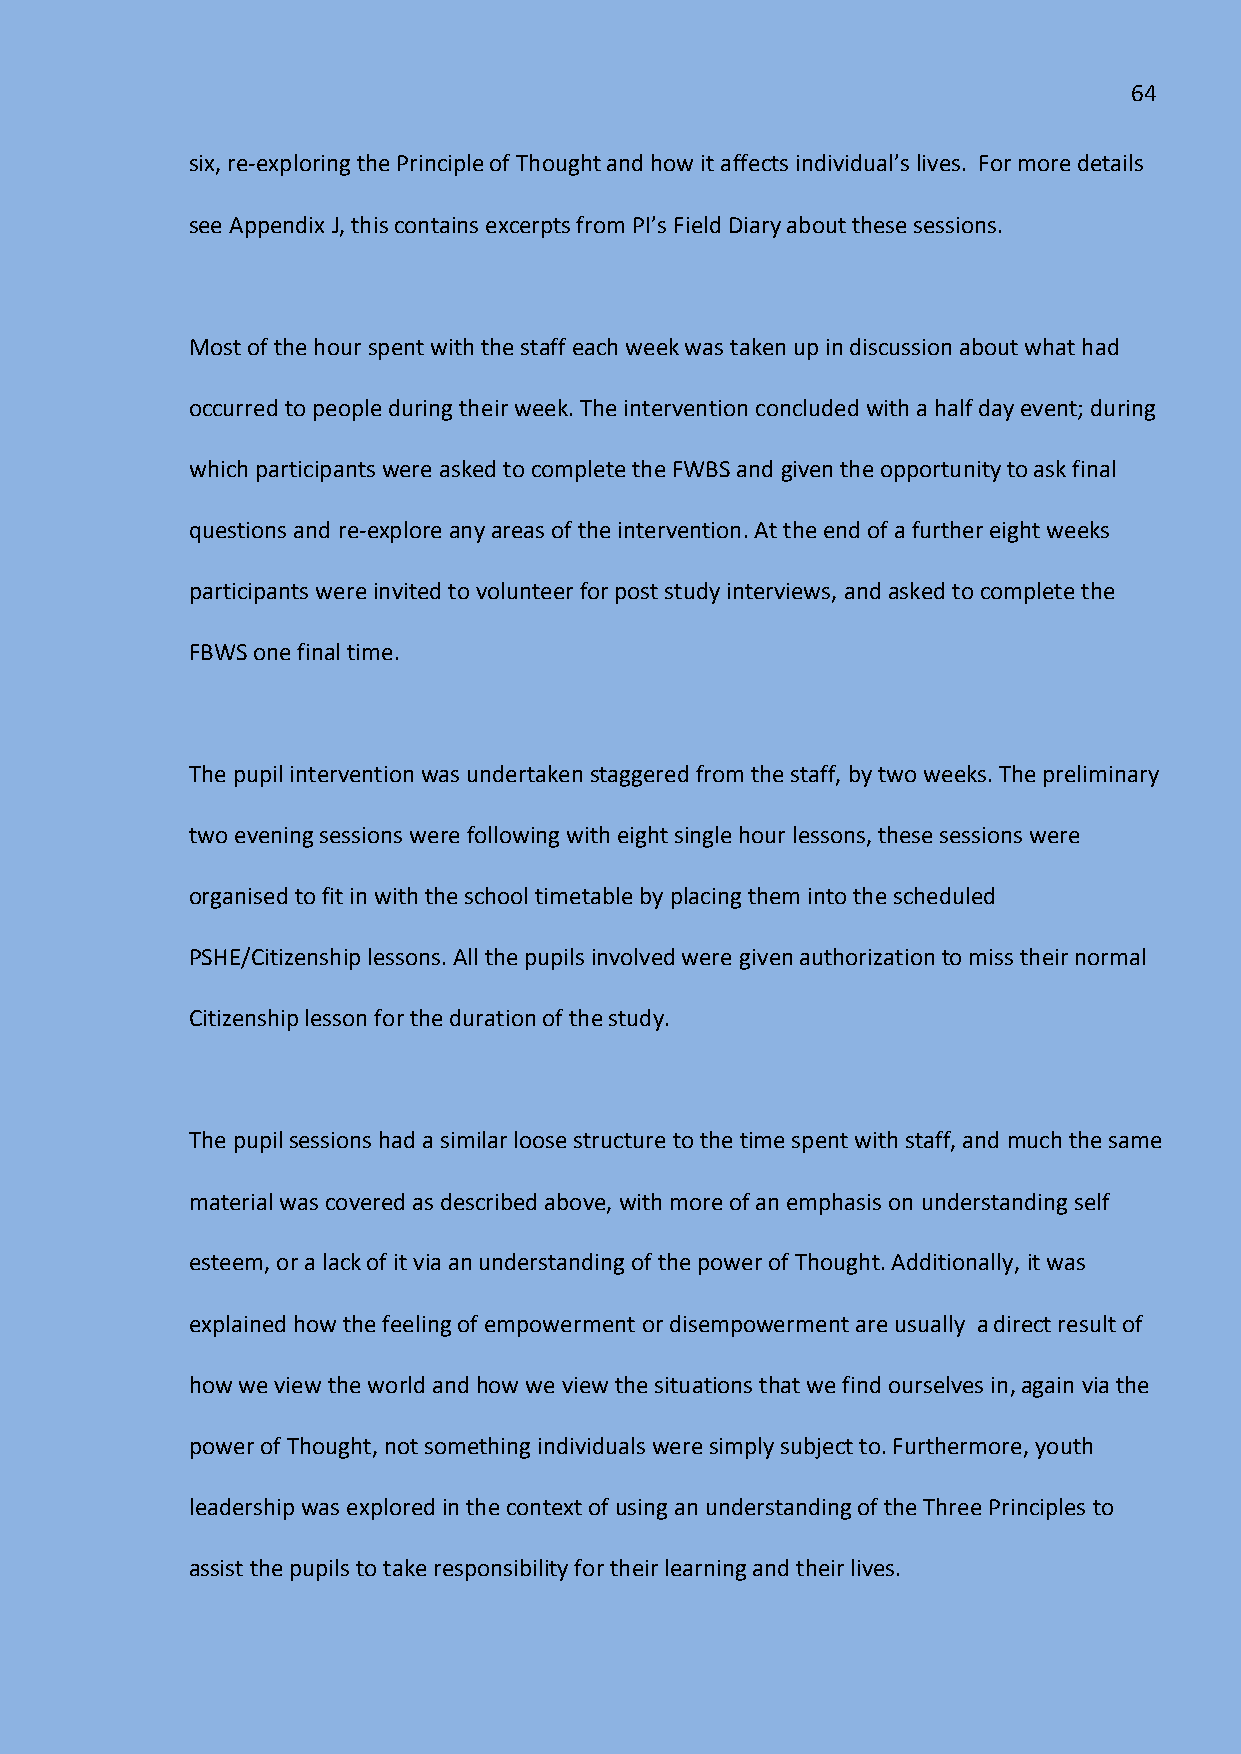
64
 six, re-exploring the Principle of Thought and how it affects individual’s lives. For more details
 see Appendix J, this contains excerpts from PI’s Field Diary about these sessions.
 Most of the hour spent with the staff each week was taken up in discussion about what had
 occurred to people during their week. The intervention concluded with a half day event; during
 which participants were asked to complete the FWBS and given the opportunity to ask final
 questions and re-explore any areas of the intervention. At the end of a further eight weeks
 participants were invited to volunteer for post study interviews, and asked to complete the
 FBWS one final time.
 The pupil intervention was undertaken staggered from the staff, by two weeks. The preliminary
 two evening sessions were following with eight single hour lessons, these sessions were
 organised to fit in with the school timetable by placing them into the scheduled
 PSHE/Citizenship lessons. All the pupils involved were given authorization to miss their normal
 Citizenship lesson for the duration of the study.
 The pupil sessions had a similar loose structure to the time spent with staff, and much the same
 material was covered as described above, with more of an emphasis on understanding self
 esteem, or a lack of it via an understanding of the power of Thought. Additionally, it was
 explained how the feeling of empowerment or disempowerment are usually a direct result of
 how we view the world and how we view the situations that we find ourselves in, again via the
 power of Thought, not something individuals were simply subject to. Furthermore, youth
 leadership was explored in the context of using an understanding of the Three Principles to
 assist the pupils to take responsibility for their learning and their lives.